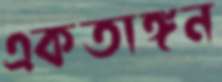
একতাঙ্গন